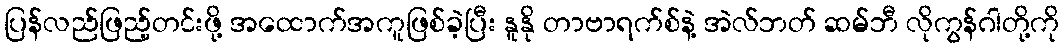
ပြန်လည်ဖြည့်တင်းဖို့ အထောက်အကူဖြစ်ခဲ့ပြီး နူနို တာဗာရက်စ်နဲ့ အဲလ်ဘတ် ဆမ်ဘီ လိုကွန်ဂါတို့ကို